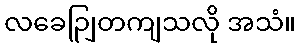
လခေဉျြတကျသလို အသံ။